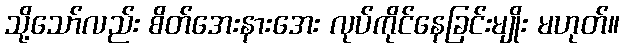
သို့သော်လည်း စိတ်အေးနားအေး လုပ်ကိုင်နေခြင်းမျိုး မဟုတ်။